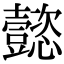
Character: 懿